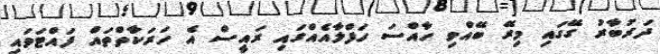
ދަރުބާރު ގޭގައި މިރޭ ބޭއްވި ހާއްސަ ހަފްލާއެއްގައި ރައީސް އެ ހަރަކާތްތައް ފައްޓަވައި